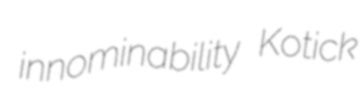
innominability Kotick